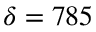
\delta = 7 8 5